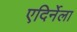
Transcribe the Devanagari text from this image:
एदिर्नेला